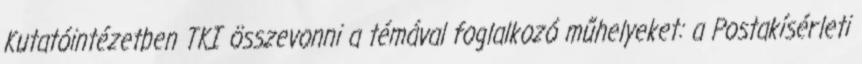
Kutatóintézetben TKI összevonni a témával foglalkozó műhelyeket: a Postakísérleti